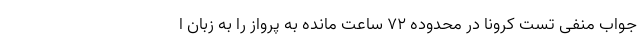
جواب منفی تست کرونا در محدوده ۷۲ ساعت مانده به پرواز را به زبان ا